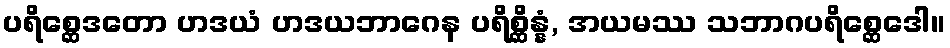
ပရိစ္ဆေဒတော ဟဒယံ ဟဒယဘာဂေန ပရိစ္ဆိန္နံ, အယမဿ သဘာဂပရိစ္ဆေဒေါ။